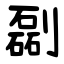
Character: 㔏